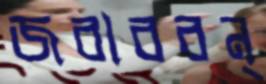
জবাববন্